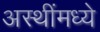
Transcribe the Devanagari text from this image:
अस्थींमध्ये